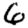
Digit: 6